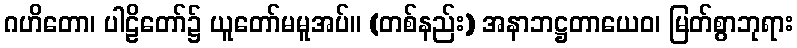
ဂဟိတော၊ ပါဠိတော်၌ ယူတော်မမူအပ်။ (တစ်နည်း) အနာဘဋ္ဌတာယေဝ၊ မြတ်စွာဘုရား